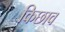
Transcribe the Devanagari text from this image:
किछाव